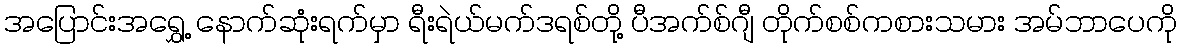
အပြောင်းအရွှေ့ နောက်ဆုံးရက်မှာ ရီးရဲယ်မက်ဒရစ်တို့ ပီအက်စ်ဂျီ တိုက်စစ်ကစားသမား အမ်ဘာပေကို